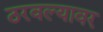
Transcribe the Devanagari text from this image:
ठरवल्यावर